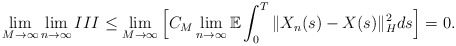
\begin{align*}\lim_{M\rightarrow\infty}\lim_{n\rightarrow\infty} III \leq \lim_{M\rightarrow\infty}\Big[ C_M \lim_{n\rightarrow\infty} \mathbb{E} \int_0^{T} \Vert X_n(s) - X(s) \Vert_H^2 ds \Big] = 0 .\end{align*}